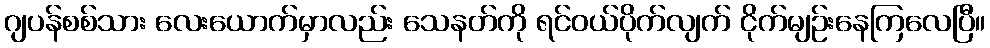
ဂျပန်စစ်သား လေးယောက်မှာလည်း သေနတ်ကို ရင်ဝယ်ပိုက်လျက် ငိုက်မျဉ်းနေကြလေပြီ။